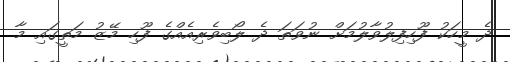
ދެ މީހަކު ފޫހިފިލުވާލުމަށް ނުވަތަ ދެ ލޯބިވެރިއެއްގެ ފޫހި މޭޒު މަތީގައި މާ